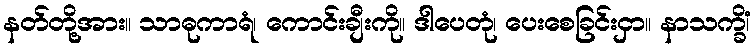
နတ်တို့အား။ သာဓုကာရံ၊ ကောင်းချီးကို။ ဒါပေတုံ၊ ပေးစေခြင်းငှာ။ နာသက္ခိံ၊